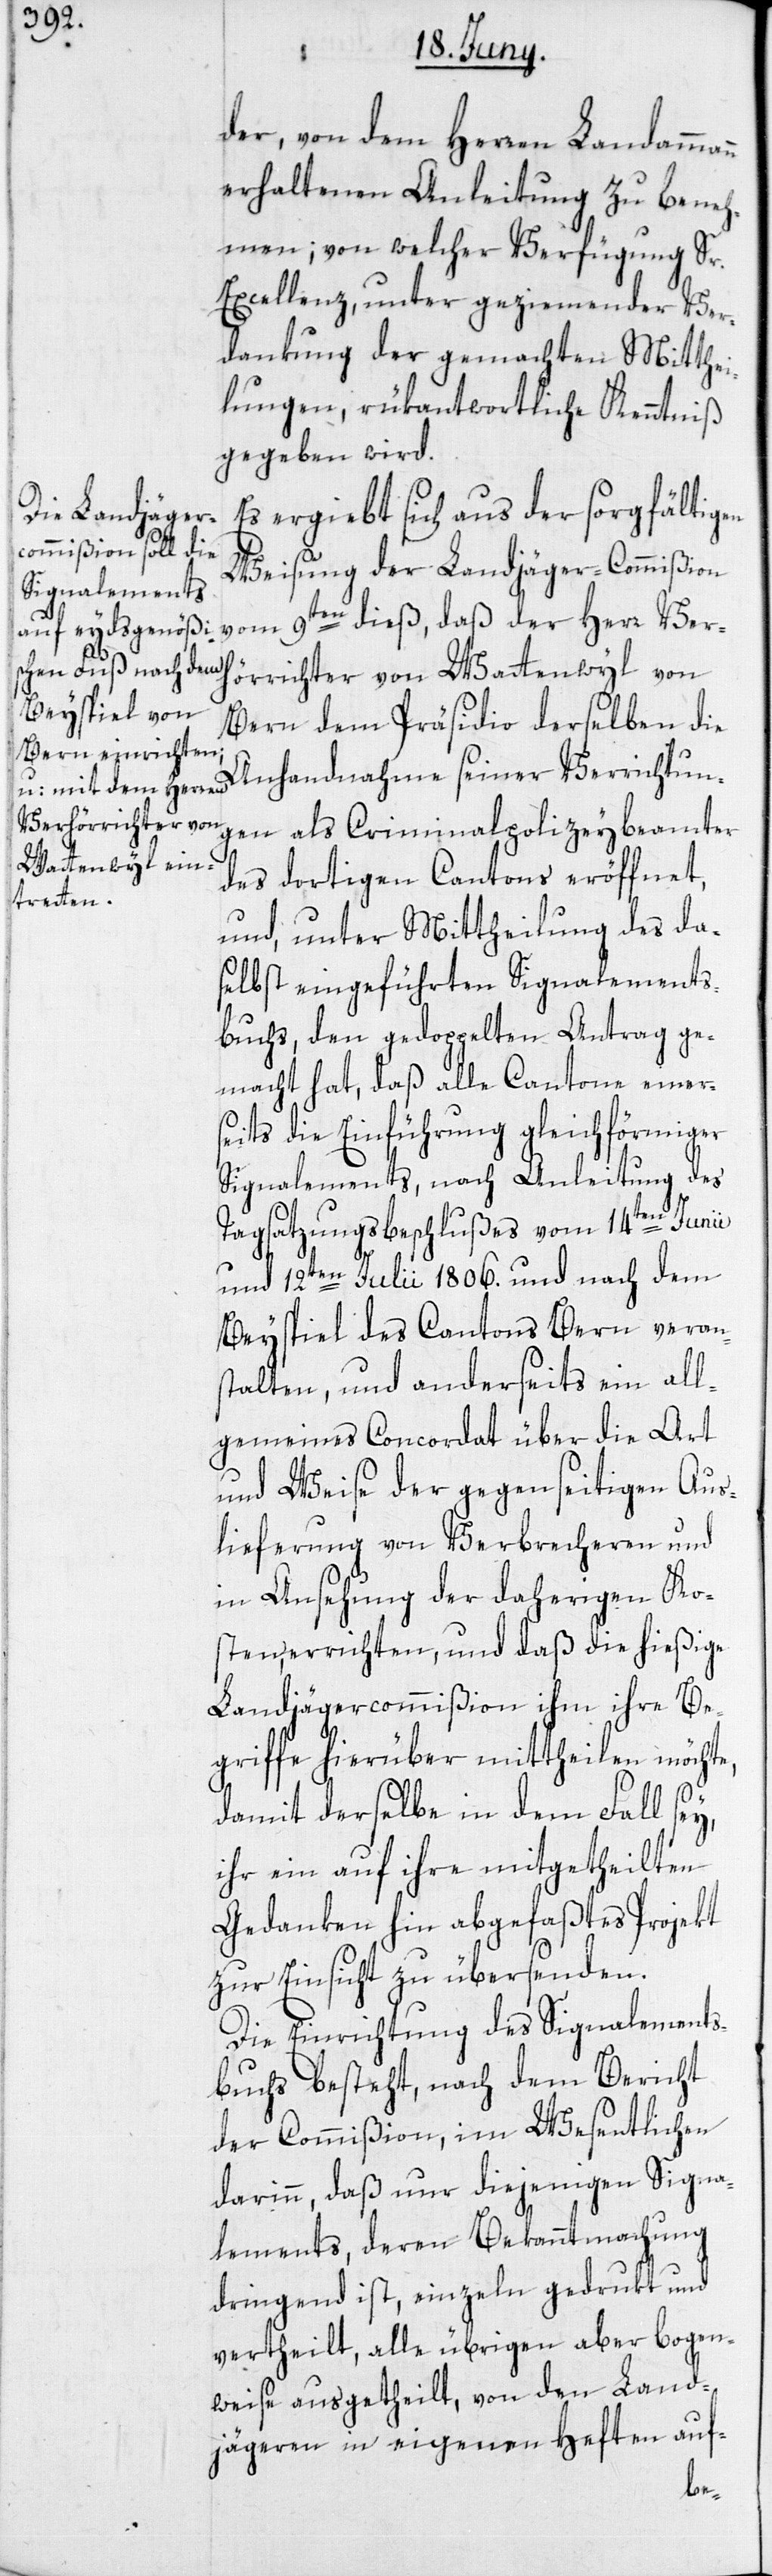
der, von dem Herren Landamma¬
erhaltenen Anleitung zu beneh¬
men; von welcher Verfügung Sr.
Excellenz, unter geziemender Ver¬
dankung der gemachten Mitthe¬
ilungen, rükantwortliche Kenntniß
gegeben wird.
Es ergiebt sich aus der sorgfältigen
Weisung der Landjäger-Commißion
vom 9ten dieß, daß der Herr Ver¬
hörrichter von Wattenwyl von
Bern dem Präsidio derselben die
Anhandnahme seiner Verrichtun¬
gen als Criminalpolizeybeamter
des dortigen Cantons eröffnet,
und, unter Mittheilung des da¬
selbst eingeführten Signalements¬
buchs, den gedoppelten Antrag ge¬
macht hat, daß alle Cantone einer¬
seits die Einführung gleichförmiger
Signalements, nach Anleitung des
Tagsatzungsbeschlußes vom 14ten Junii
und 12ten Julii 1806. und nach dem
Beyspiel des Cantons Bern verans¬
talten, und anderseits ein all¬
gemeines Concordat über die Art
und Weise der gegenseitigen Aus¬
lieferung von Verbrecheren und
in Ansehung der daherigen Ko¬
sten, errichten, und daß die hießige
Landjägercommißion ihm ihre Be¬
griffe hierüber mittheilen möchte,
damit derselbe in dem Fall sey,
ihr ein auf ihre mitgetheilten
Gedanken hin abgefaßtes Projekt
zur Einsicht zu übersenden.
Die Einrichtung des Signalements¬
buchs besteht, nach dem Bericht
der Commißion, im Wesentlichen
darinn, daß nur diejenigen Signa¬
lements, deren Bekanntmachung
dringend ist, einzeln gedrukt und
vertheilt, alle übrigen aber bogen¬
weise ausgetheilt, von den Land¬
jägeren in eigenen Heften auf-
nn